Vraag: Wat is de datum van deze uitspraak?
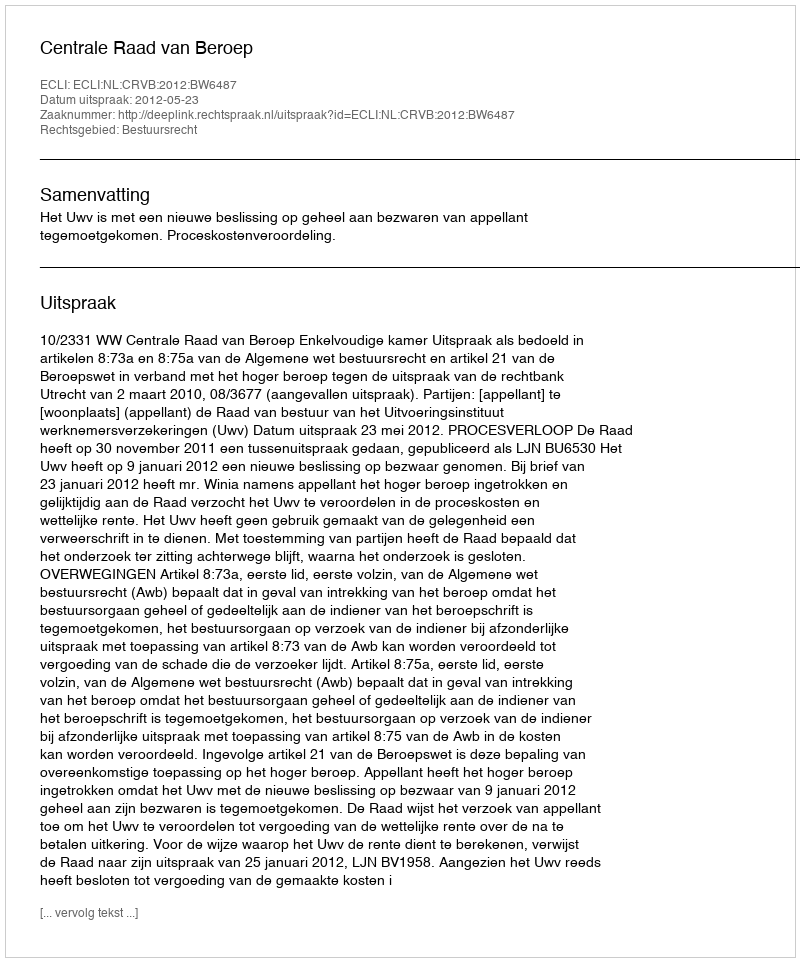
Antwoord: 2012-05-23